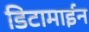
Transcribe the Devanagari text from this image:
डिटामाईन